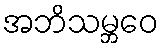
အဘိသမ္ဘဝေ